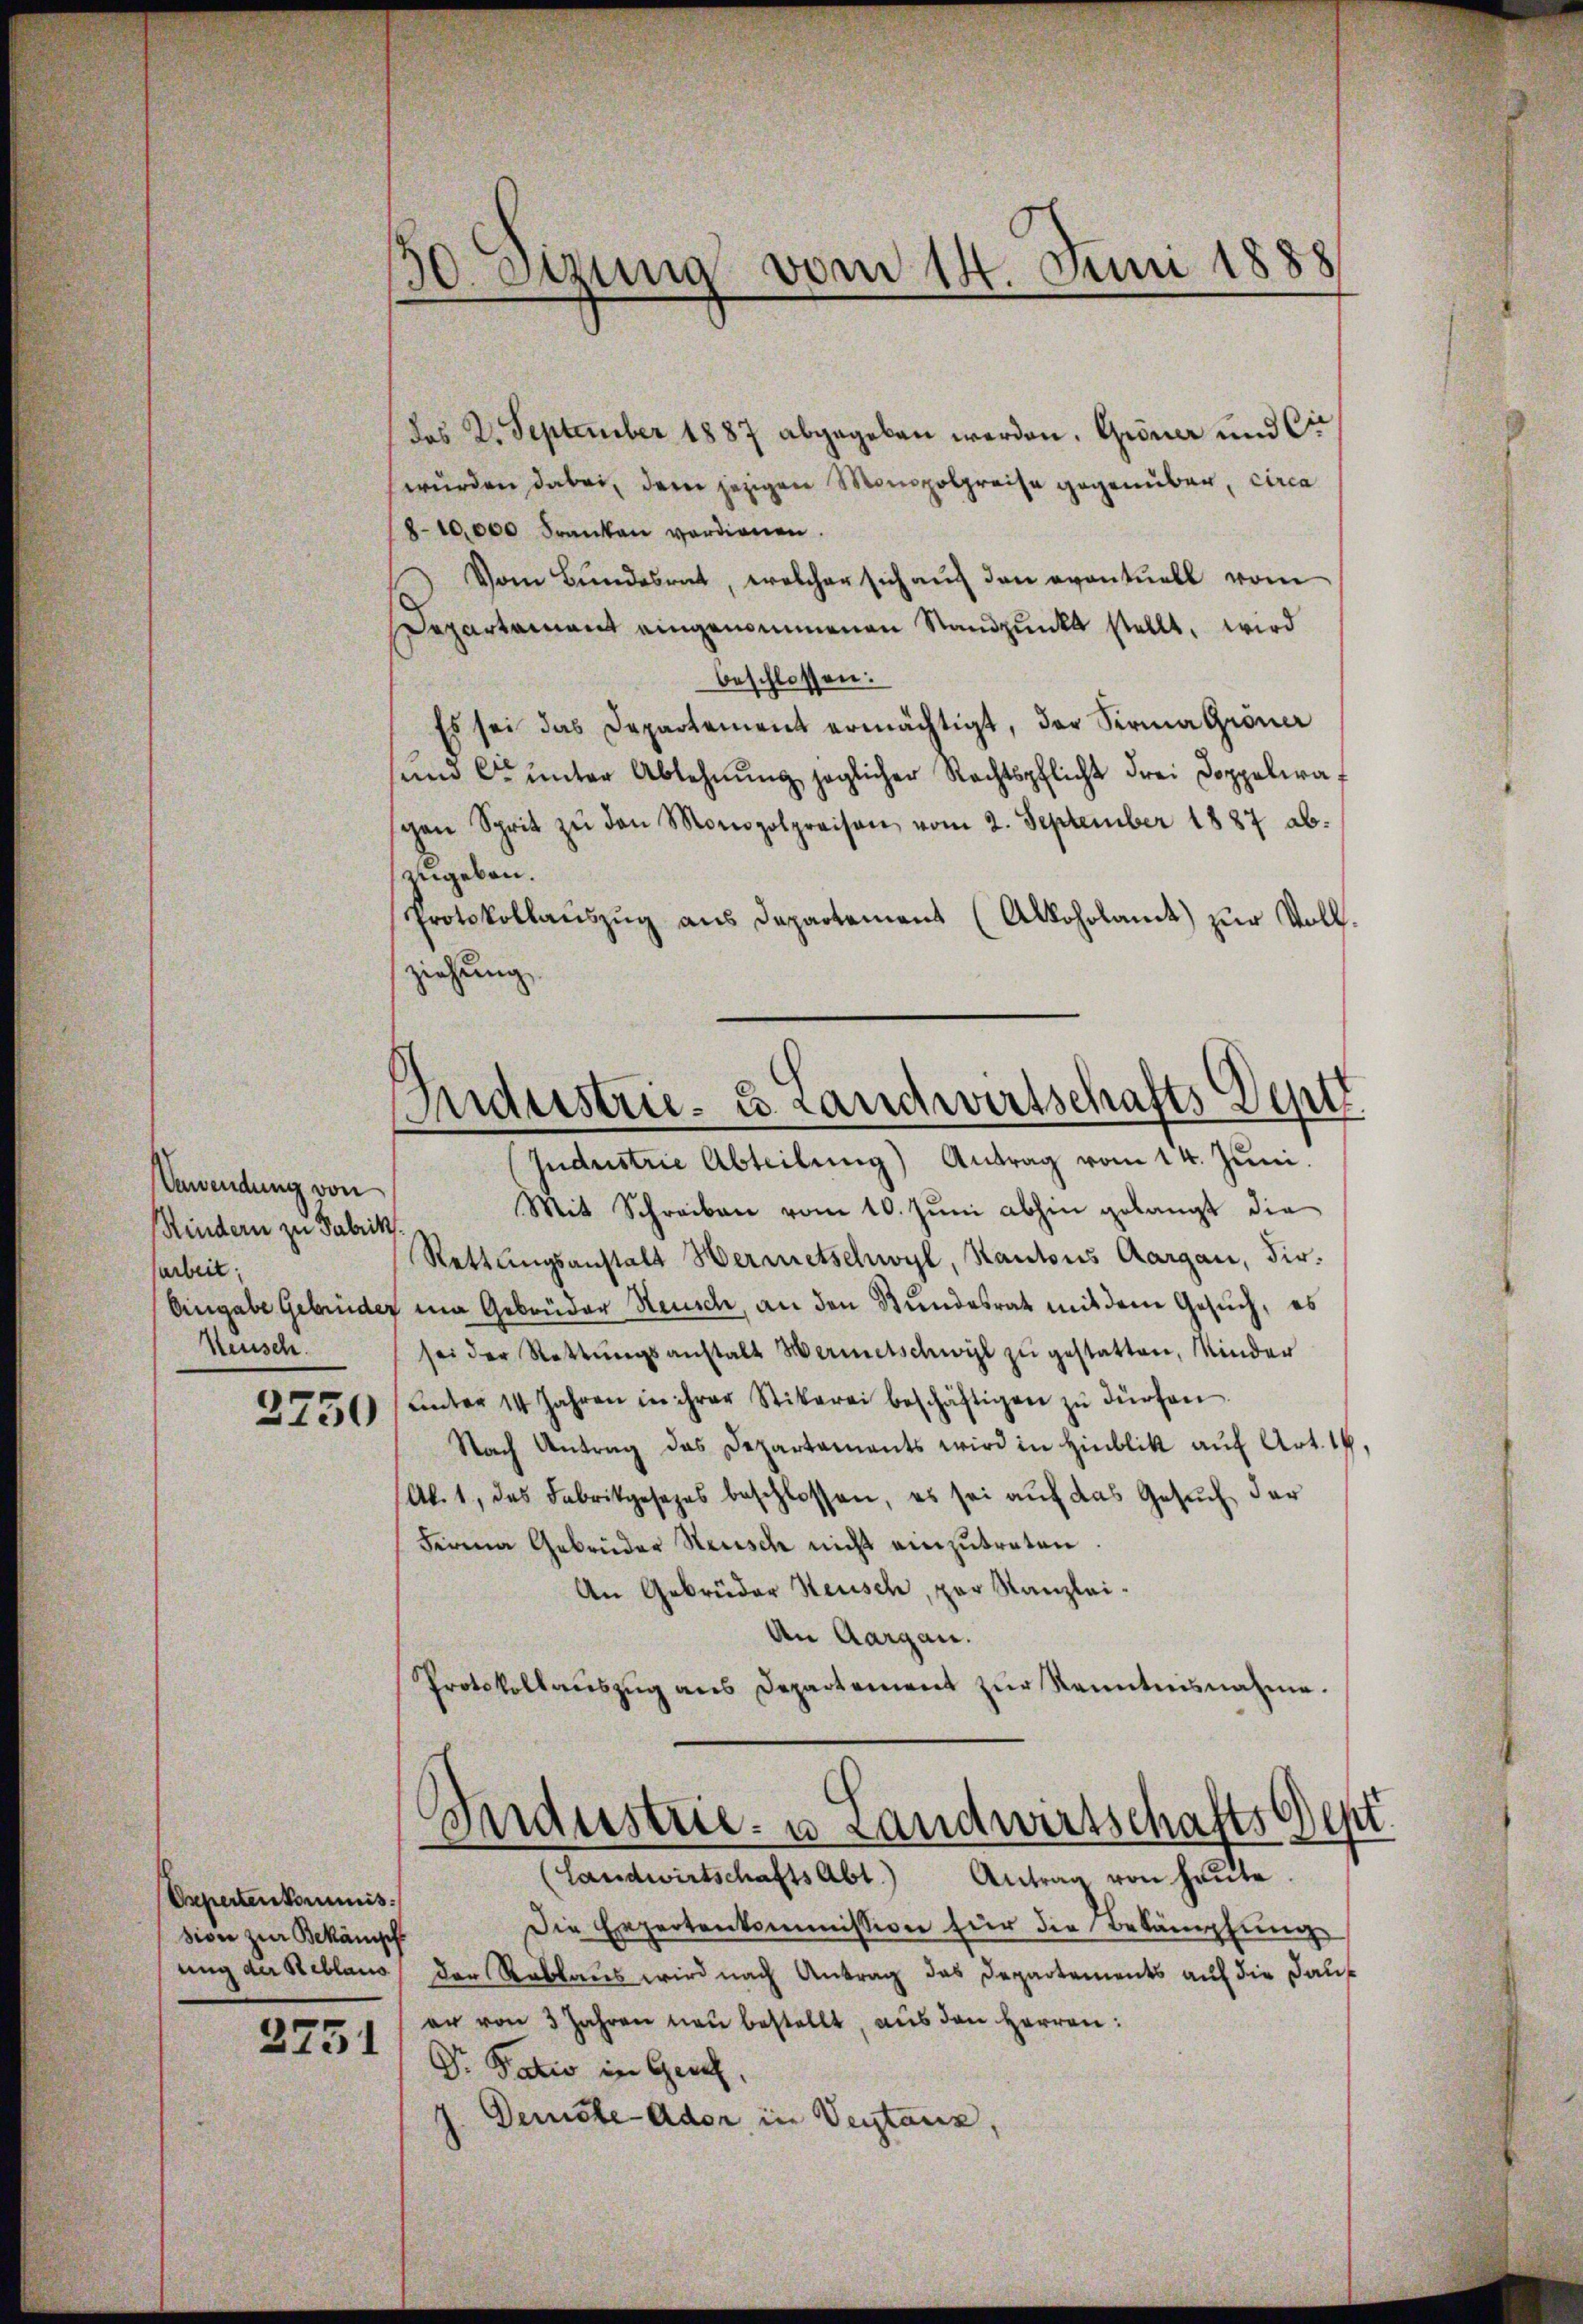
Vewendung von
Rindern zu Fabrik
arbeit:
Neusch.

3750

Oepertenkommis
sion zur Bekämpf
ung der Reblaus
2751

130. Sitzung vom 14. Juni 1888

(das 2. September 1887 abgegeben werden. Gröner und Cit
wurden dabei, dem jezigen Monopolpreise gegenüber, circa
18-10,000 Franken verdienen.
Vom Bundesrat, welcher sich auf den eventuell vom
Departamant eingenommenen Standpŭnkt stellt, wird
beschlossen:
Es sei das Departement ermächtigt, der Sermatione
sund Ce ŭnter Ablehnŭng jeglicher Rechtspflicht drei Doppelwaf
gen Sprit zŭ den Monopolpreisen vom 2. September 1887 ab-
zugeben.
Protokollauszug aus Departement (Alkoholamt) zur Vollziehung

Industrie- u. Landwirtschafts Dentt
Jndustrie Abteilung) Antrag vom 14. Juni.

Mit Schreiben vom 10. Jŭni abhin gelangt die
Rettŭngsanstalt Hermetschwyl, Kantons Aargau, dir.
Eingabe Gebrüder in Gebrüder Steusch, an den Bundesrat mit dem Gesuch, es
sei der Rettŭngsanstalt Hermetschwyl zŭ gestatten, inder
ŭnter 14 Jahren in ihrer Stikerei beschäftigen zŭ dürfen.
Nach Antrag das Departaments wird in Hinblik auf Art. 14,
(Al. 1, das Fabrikgesezes beschlossen, es sei auf das Gesuch der
Ferma Gebrüder Heusch nicht einzutreten
An Gebrüder Steusch, par Kanzlei-
An Aargau.
Protokollaŭszŭg ans Departement zŭr Kenntnisnahme.

Bindustrie- u Landwirtschafts Gest
(Landwirtschaftsabt.) Antrag von heŭte.

Die Expertenkommission für die Bekämpfung
der Reblaus wird nach Antrag das Departements auf die Dauer von 3 Jahren neu bestellt, aus den Herren:
Dr. Patio in Gesch.
Deniste-Ador, in Veytauz,